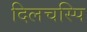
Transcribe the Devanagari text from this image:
दिलचस्पि